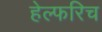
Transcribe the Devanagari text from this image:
हेल्फरिच